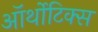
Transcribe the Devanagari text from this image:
ऑर्थोटिक्स